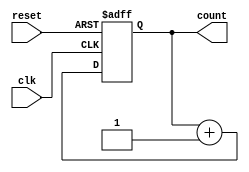
module ripple_counter #(
    parameter N = 4  // Number of bits for the counter
) (
    input wire clk,       // Clock input
    input wire reset,     // Asynchronous reset input
    output reg [N-1:0] count  // Counter output
);

    // T Flip-Flop Logic for Ripple Counter
    always @(posedge clk or posedge reset) begin
        if (reset) begin
            count <= 0;  // Reset the counter to zero
        end else begin
            count <= count + 1;  // Increment the counter
        end
    end

endmodule